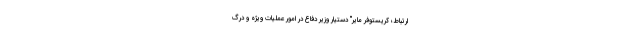
ارتباط؛ کریستوفر مایر" دستیار وزیر دفاع در امور عملیات ویژه و درگ